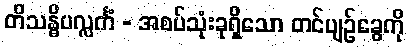
တိသန္ဓိပလ္လင်္ကံ - အစပ်သုံးခုရှိသော တင်ပျဉ်ခွေကို